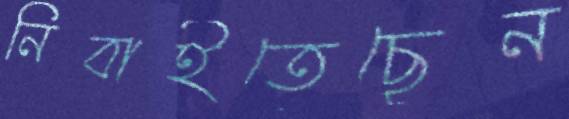
নিবাইতেছেন